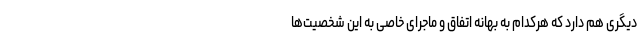
دیگری هم دارد که هرکدام به بهانه اتفاق و ماجرای خاصی به این شخصیت‌ها